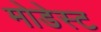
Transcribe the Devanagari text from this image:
मोडेस्ट